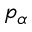
p _ { \alpha }